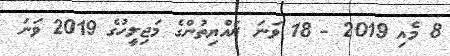
8 މެއި 2019 - 18 ވަނަ ރައްޔިތުންގެ މަޖިލީހުގެ 2019 ވަނަ